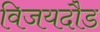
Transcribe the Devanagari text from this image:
विजयदौड